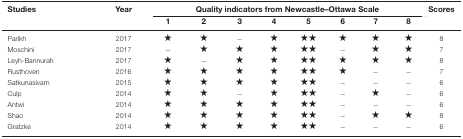
<table><thead><tr><td><b>Studies</b></td><td><b>Year</b></td><td colspan="8"><b>Quality indicators from Newcastle–Ottawa Scale</b></td><td><b>Scores</b></td></tr><tr><td>[EMPTY_CELL]</td><td>[EMPTY_CELL]</td><td><b>1</b></td><td><b>2</b></td><td><b>3</b></td><td><b>4</b></td><td><b>5</b></td><td><b>6</b></td><td><b>7</b></td><td><b>8</b></td><td>[EMPTY_CELL]</td></tr></thead><tbody><tr><td>Parikh</td><td>2017</td><td>★</td><td>★</td><td>−</td><td>★</td><td>★★</td><td>★</td><td>★</td><td>★</td><td>8</td></tr><tr><td>Moschini</td><td>2017</td><td>−</td><td>★</td><td>★</td><td>★</td><td>★★</td><td>−</td><td>★</td><td>★</td><td>7</td></tr><tr><td>Leyh-Bannurah</td><td>2017</td><td>★</td><td>−</td><td>★</td><td>★</td><td>★★</td><td>★</td><td>★</td><td>★</td><td>8</td></tr><tr><td>Rusthoven</td><td>2016</td><td>★</td><td>★</td><td>★</td><td>★</td><td>★★</td><td>★</td><td>−</td><td>−</td><td>7</td></tr><tr><td>Satkunasivam</td><td>2015</td><td>★</td><td>★</td><td>★</td><td>★</td><td>★★</td><td>−</td><td>−</td><td>−</td><td>6</td></tr><tr><td>Culp</td><td>2014</td><td>★</td><td>★</td><td>−</td><td>★</td><td>★★</td><td>−</td><td>★</td><td>−</td><td>6</td></tr><tr><td>Antwi</td><td>2014</td><td>★</td><td>★</td><td>★</td><td>★</td><td>★★</td><td>−</td><td>−</td><td>−</td><td>6</td></tr><tr><td>Shao</td><td>2014</td><td>★</td><td>★</td><td>★</td><td>★</td><td>★★</td><td>−</td><td>★</td><td>★</td><td>8</td></tr><tr><td>Gratzke</td><td>2014</td><td>★</td><td>★</td><td>★</td><td>★</td><td>★★</td><td>−</td><td>−</td><td>−</td><td>6</td></tr></tbody></table>